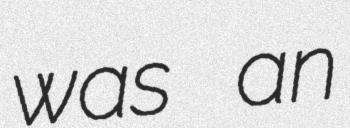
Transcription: was an